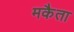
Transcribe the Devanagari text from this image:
मकैता